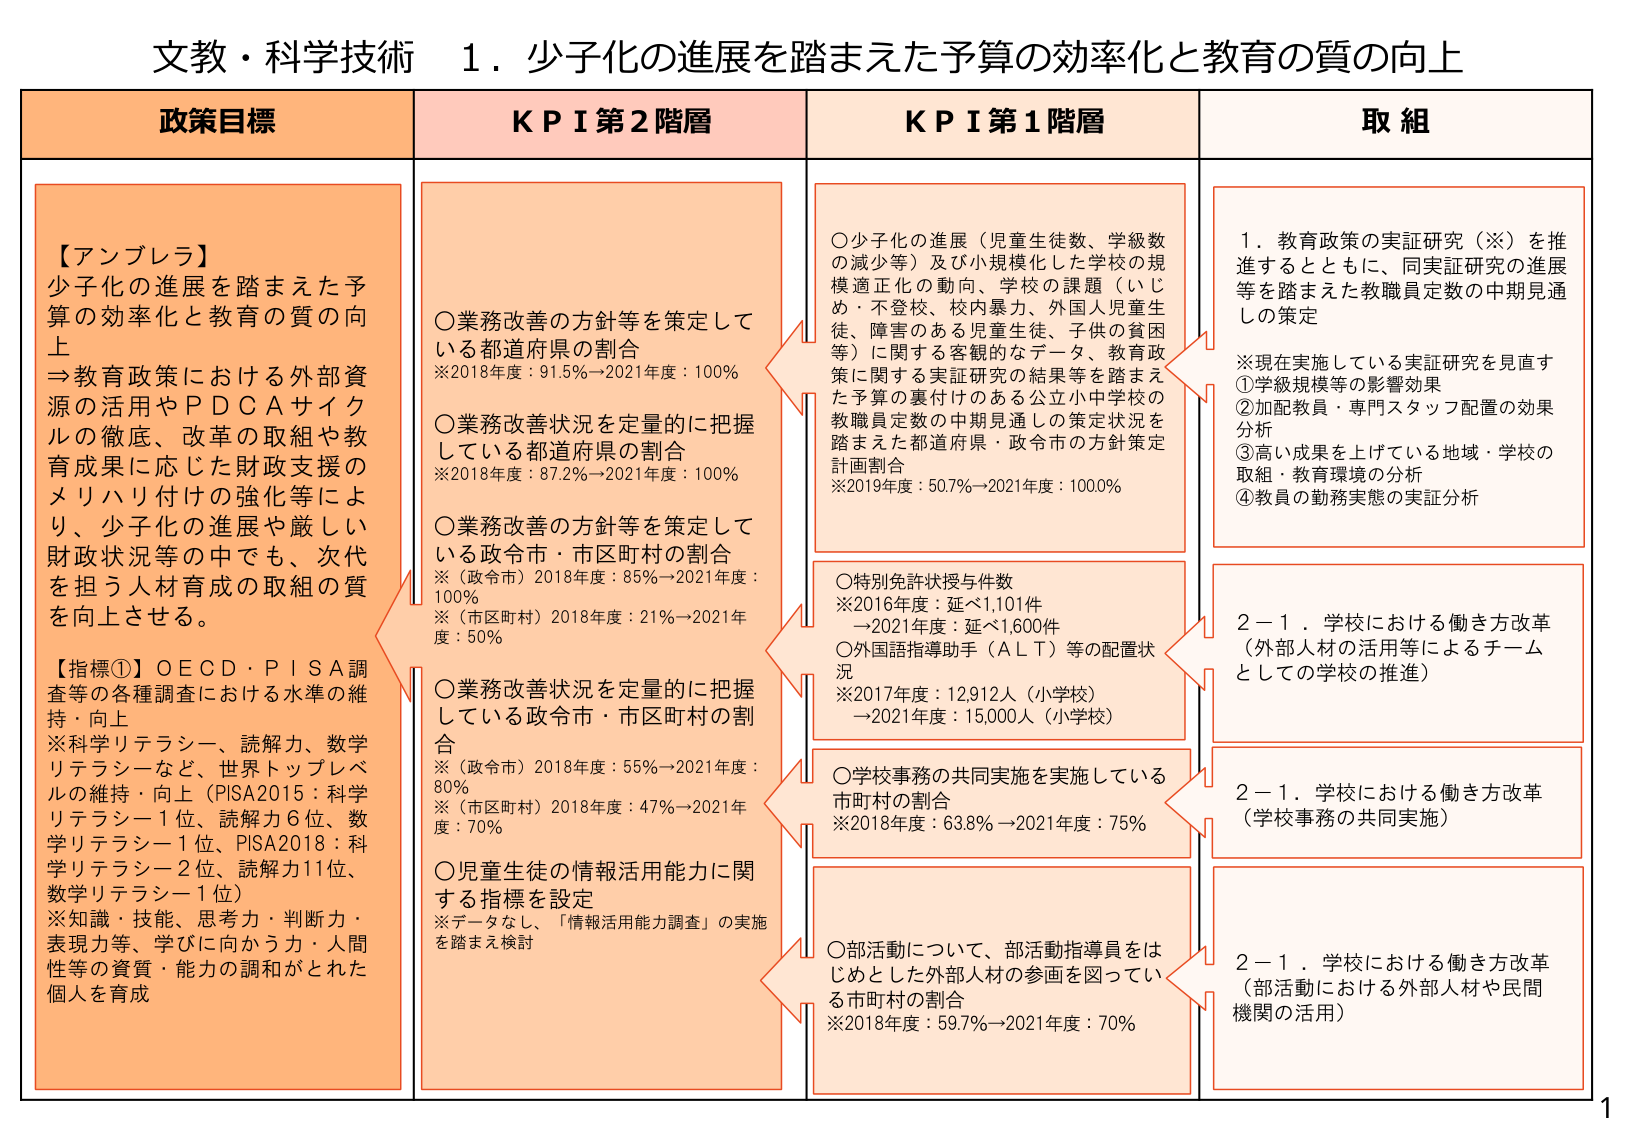
文教・科学技術 1．少子化の進展を踏まえた予算の効率化と教育の質の向上

政策目標

【アンブレラ】
少子化の進展を踏まえた予算の効率化と教育の質の向上
→教育政策における外部資源の活用やＰＤＣＡサイクルの徹底、改革の取組や教育成果に応じた財政支援のメリハリ付けの強化等により、少子化の進展や厳しい財政状況等の中でも、次代を担う人材育成の取組の質を向上させる。

【指標①】ＯＥＣＤ・ＰＩＳＡ調査等の各種調査における水準の維持・向上
※科学リテラシー、読解力、数学リテラシーなど、世界トップレベルの維持・向上（PISA2015：科学リテラシー1位、読解力6位、数学リテラシー1位、PISA2018：科学リテラシー2位、読解力11位、数学リテラシー1位）
※知識・技能、思考力・判断力・表現力等、学びに向かう力・人間性等の資質・能力の調和がとれた個人を育成

KPI 第2階層

○業務改善の方針等を策定している都道府県の割合
※2018年度：91.5%→2021年度：100%

○業務改善状況を定量的に把握している都道府県の割合
※2018年度：87.2%→2021年度：100%

○業務改善の方針等を策定している政令市・市区町村の割合
※（政令市）2018年度：85%→2021年度：100%
※（市区町村）2018年度：21%→2021年度：50%

○業務改善状況を定量的に把握している政令市・市区町村の割合
※（政令市）2018年度：55%→2021年度：80%
※（市区町村）2018年度：47%→2021年度：70%

○児童生徒の情報活用能力に関する指標を設定
※データなし、「情報活用能力調査」の実施を踏まえ検討

KPI 第1階層

○少子化の進展（児童生徒数、学級数の減少等）及び小規模化した学校の規模適正化の動向、学校の課題（いじめ・不登校、校内暴力、外国人児童生徒、障害のある児童生徒、子供の貧困等）に関する客観的なデータ、教育政策に関する実証研究の結果等を踏まえた予算の裏付けのある公立小中学校の教職員定数の中期見通しの策定状況を踏まえた都道府県・政令市の方針策定計画割合
※2019年度：50.7%→2021年度：100.0%

○特別免許状授与件数
※2016年度：延べ1,101件
→2021年度：延べ1,600件

○外国語指導助手（ＡＬＴ）等の配置状況
※2017年度：12,912人（小学校）
→2021年度：15,000人（小学校）

○学校事務の共同実施を実施している市町村の割合
※2018年度：63.8%→2021年度：75%

○部活動について、部活動指導員をはじめとした外部人材の参画を図っている市町村の割合
※2018年度：59.7%→2021年度：70%

取組

1．教育政策の実証研究（※）を推進するとともに、同実証研究の進展等を踏まえた教職員定数の中期見通しの策定
※現在実施している実証研究を見直す
①学級規模等の影響効果
②加配教員・専門スタッフ配置の効果分析
③高い成果を上げている地域・学校の取組・教育環境の分析
④教員の勤務実態の実証分析

2－1．学校における働き方改革（外部人材の活用等によるチームとしての学校の推進）

2－1．学校における働き方改革（学校事務の共同実施）

2－1．学校における働き方改革（部活動における外部人材や民間機関の活用）